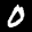
Label: 0